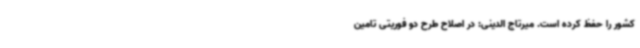
کشور را حفظ کرده است. میرتاج الدینی: در اصلاح طرح دو فوریتی تامین